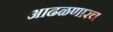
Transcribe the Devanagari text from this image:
आढळणारच